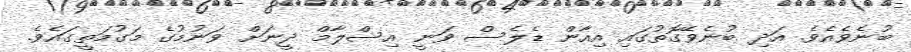
ބުނެވެއެވެ. އަދި ބުނެވޭގޮތުގައި އިއާން ޑެލެސް ވަނީ އިސްލާމް ދީނަށް ވަނުމުގެ މަގުމަތީގައެވެ.